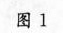
图1